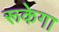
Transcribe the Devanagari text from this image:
रूकेगा